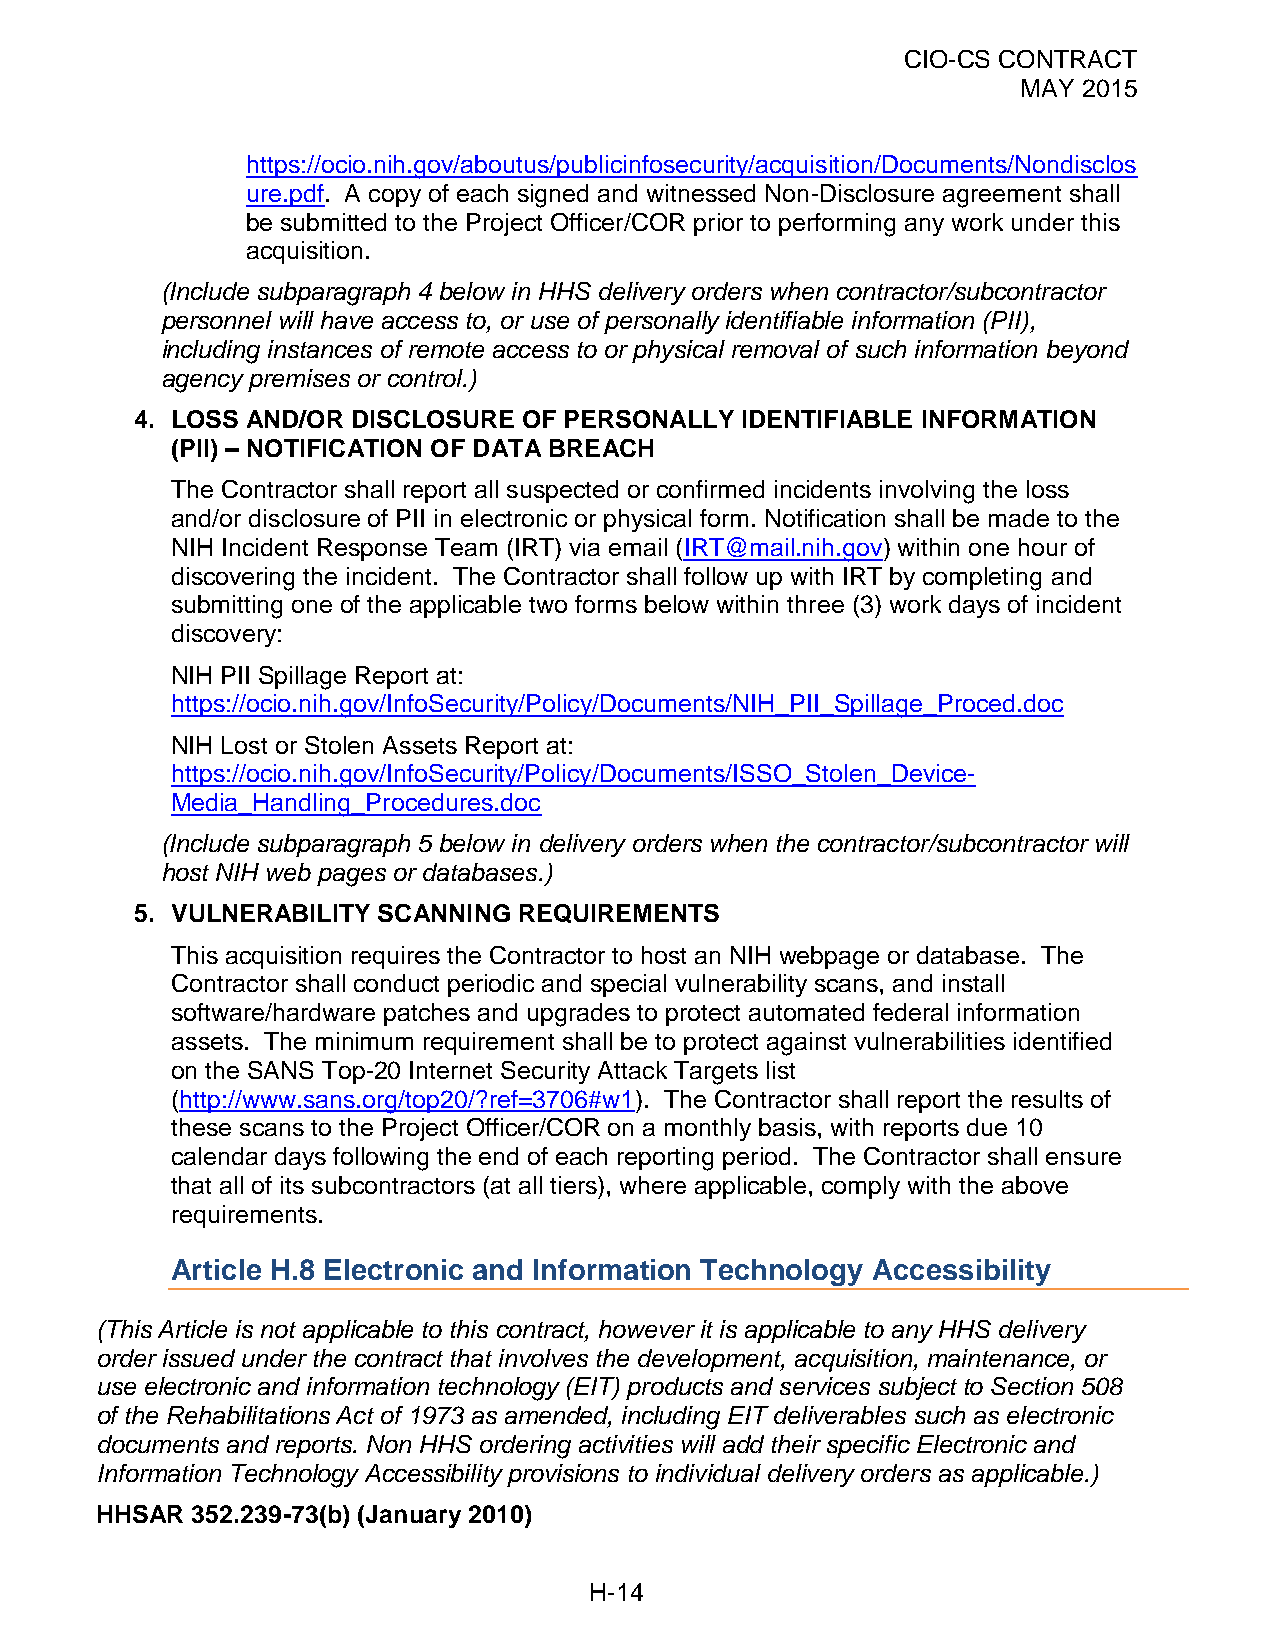
CIO-CS CONTRACT
 MAY 2015
 https://ocio.nih.gov/aboutus/publicinfosecurity/acquisition/Documents/Nondisclos
 ure.pdf. A copy of each signed and witnessed Non-Disclosure agreement shall
 be submitted to the Project Officer/COR prior to performing any work under this
 acquisition.
 (Include subparagraph 4 below in HHS delivery orders when contractor/subcontractor
 personnel will have access to, or use of personally identifiable information (PII),
 including instances of remote access to or physical removal of such information beyond
 agency premises or control.)
 4. LOSS AND/OR DISCLOSURE OF PERSONALLY IDENTIFIABLE INFORMATION
 (PII) – NOTIFICATION OF DATA BREACH
 The Contractor shall report all suspected or confirmed incidents involving the loss
 and/or disclosure of PII in electronic or physical form. Notification shall be made to the
 NIH Incident Response Team (IRT) via email (IRT@mail.nih.gov) within one hour of
 discovering the incident. The Contractor shall follow up with IRT by completing and
 submitting one of the applicable two forms below within three (3) work days of incident
 discovery:
 NIH PII Spillage Report at:
 https://ocio.nih.gov/InfoSecurity/Policy/Documents/NIH_PII_Spillage_Proced.doc
 NIH Lost or Stolen Assets Report at:
 https://ocio.nih.gov/InfoSecurity/Policy/Documents/ISSO_Stolen_Device-
 Media_Handling_Procedures.doc
 (Include subparagraph 5 below in delivery orders when the contractor/subcontractor will
 host NIH web pages or databases.)
 5. VULNERABILITY SCANNING REQUIREMENTS
 This acquisition requires the Contractor to host an NIH webpage or database. The
 Contractor shall conduct periodic and special vulnerability scans, and install
 software/hardware patches and upgrades to protect automated federal information
 assets. The minimum requirement shall be to protect against vulnerabilities identified
 on the SANS Top-20 Internet Security Attack Targets list
 (http://www.sans.org/top20/?ref=3706#w1). The Contractor shall report the results of
 these scans to the Project Officer/COR on a monthly basis, with reports due 10
 calendar days following the end of each reporting period. The Contractor shall ensure
 that all of its subcontractors (at all tiers), where applicable, comply with the above
 requirements.
 Article H.8 Electronic and Information Technology Accessibility
 (This Article is not applicable to this contract, however it is applicable to any HHS delivery
 order issued under the contract that involves the development, acquisition, maintenance, or
 use electronic and information technology (EIT) products and services subject to Section 508
 of the Rehabilitations Act of 1973 as amended, including EIT deliverables such as electronic
 documents and reports. Non HHS ordering activities will add their specific Electronic and
 Information Technology Accessibility provisions to individual delivery orders as applicable.)
 HHSAR  352.239-73(b) (January 2010)
 H-14